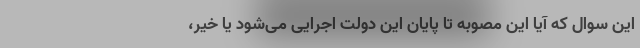
این سوال که آیا این مصوبه تا پایان این دولت اجرایی می‌شود یا خیر،